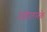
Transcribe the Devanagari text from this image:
अंदोलनके